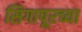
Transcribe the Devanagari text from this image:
सिगापूरच्या